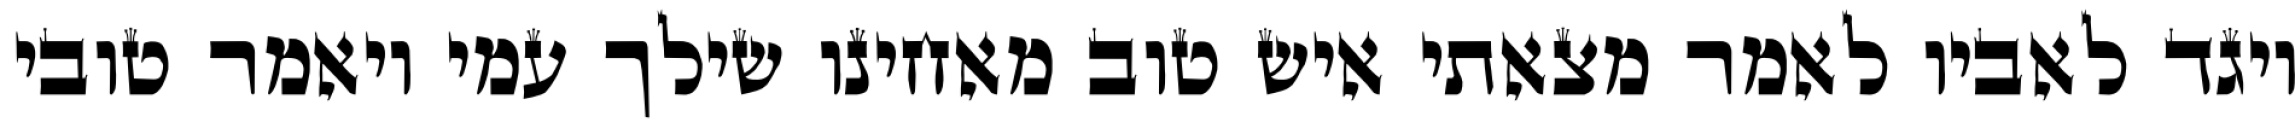
ויגד לאביו לאמר מצאתי איש טוב מאחינו שילך עמי ויאמר טובי